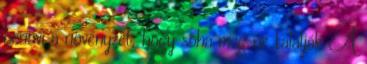
benövi a növényzet, hogy soha meg ne találják A